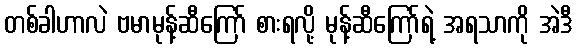
တစ်ခါဟာလဲ ဗမာမုန့်ဆီကြော် စားရလို့ မုန့်ဆီကြော်ရဲ့ အရသာကို အဲဒီ